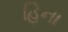
હિના